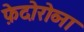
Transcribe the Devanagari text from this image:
फ़ेदोरोव्ना